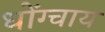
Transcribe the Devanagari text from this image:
धोंग्चाय